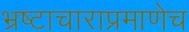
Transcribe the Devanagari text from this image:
भ्रष्टाचाराप्रमाणेच